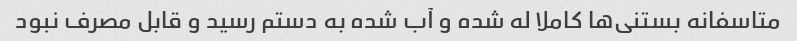
متاسفانه بستنی‌ها کاملا له شده و آب شده به دستم رسید و قابل مصرف نبود